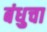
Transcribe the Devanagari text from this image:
बंधुचा